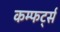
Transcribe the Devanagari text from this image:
कम्फर्ट्स